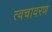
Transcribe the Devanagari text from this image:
त्वचावरण